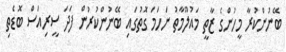
ބޭނުންކުރާ މީހުންގެ ޒާތީ މައުލޫމާތު ނަހަމަ ގޮތުގައި ބޭނުންކުރުން ފަދަ ސީރިއަސް ބޮޑެތި